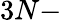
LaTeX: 3N-